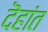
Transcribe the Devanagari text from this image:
दॆहांत